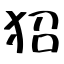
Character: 㹦